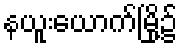
နယူးယောက်မြို့၌